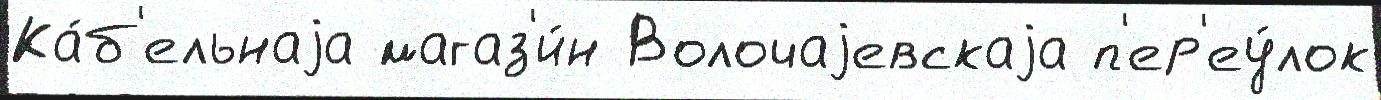
Ка́б'ельнаjа магаз'и́н Волочаjевскаjа п'ер'еу́лок